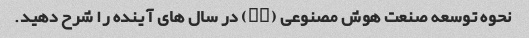
نحوه توسعه صنعت هوش مصنوعی (AI) در سال های آینده را شرح دهید.